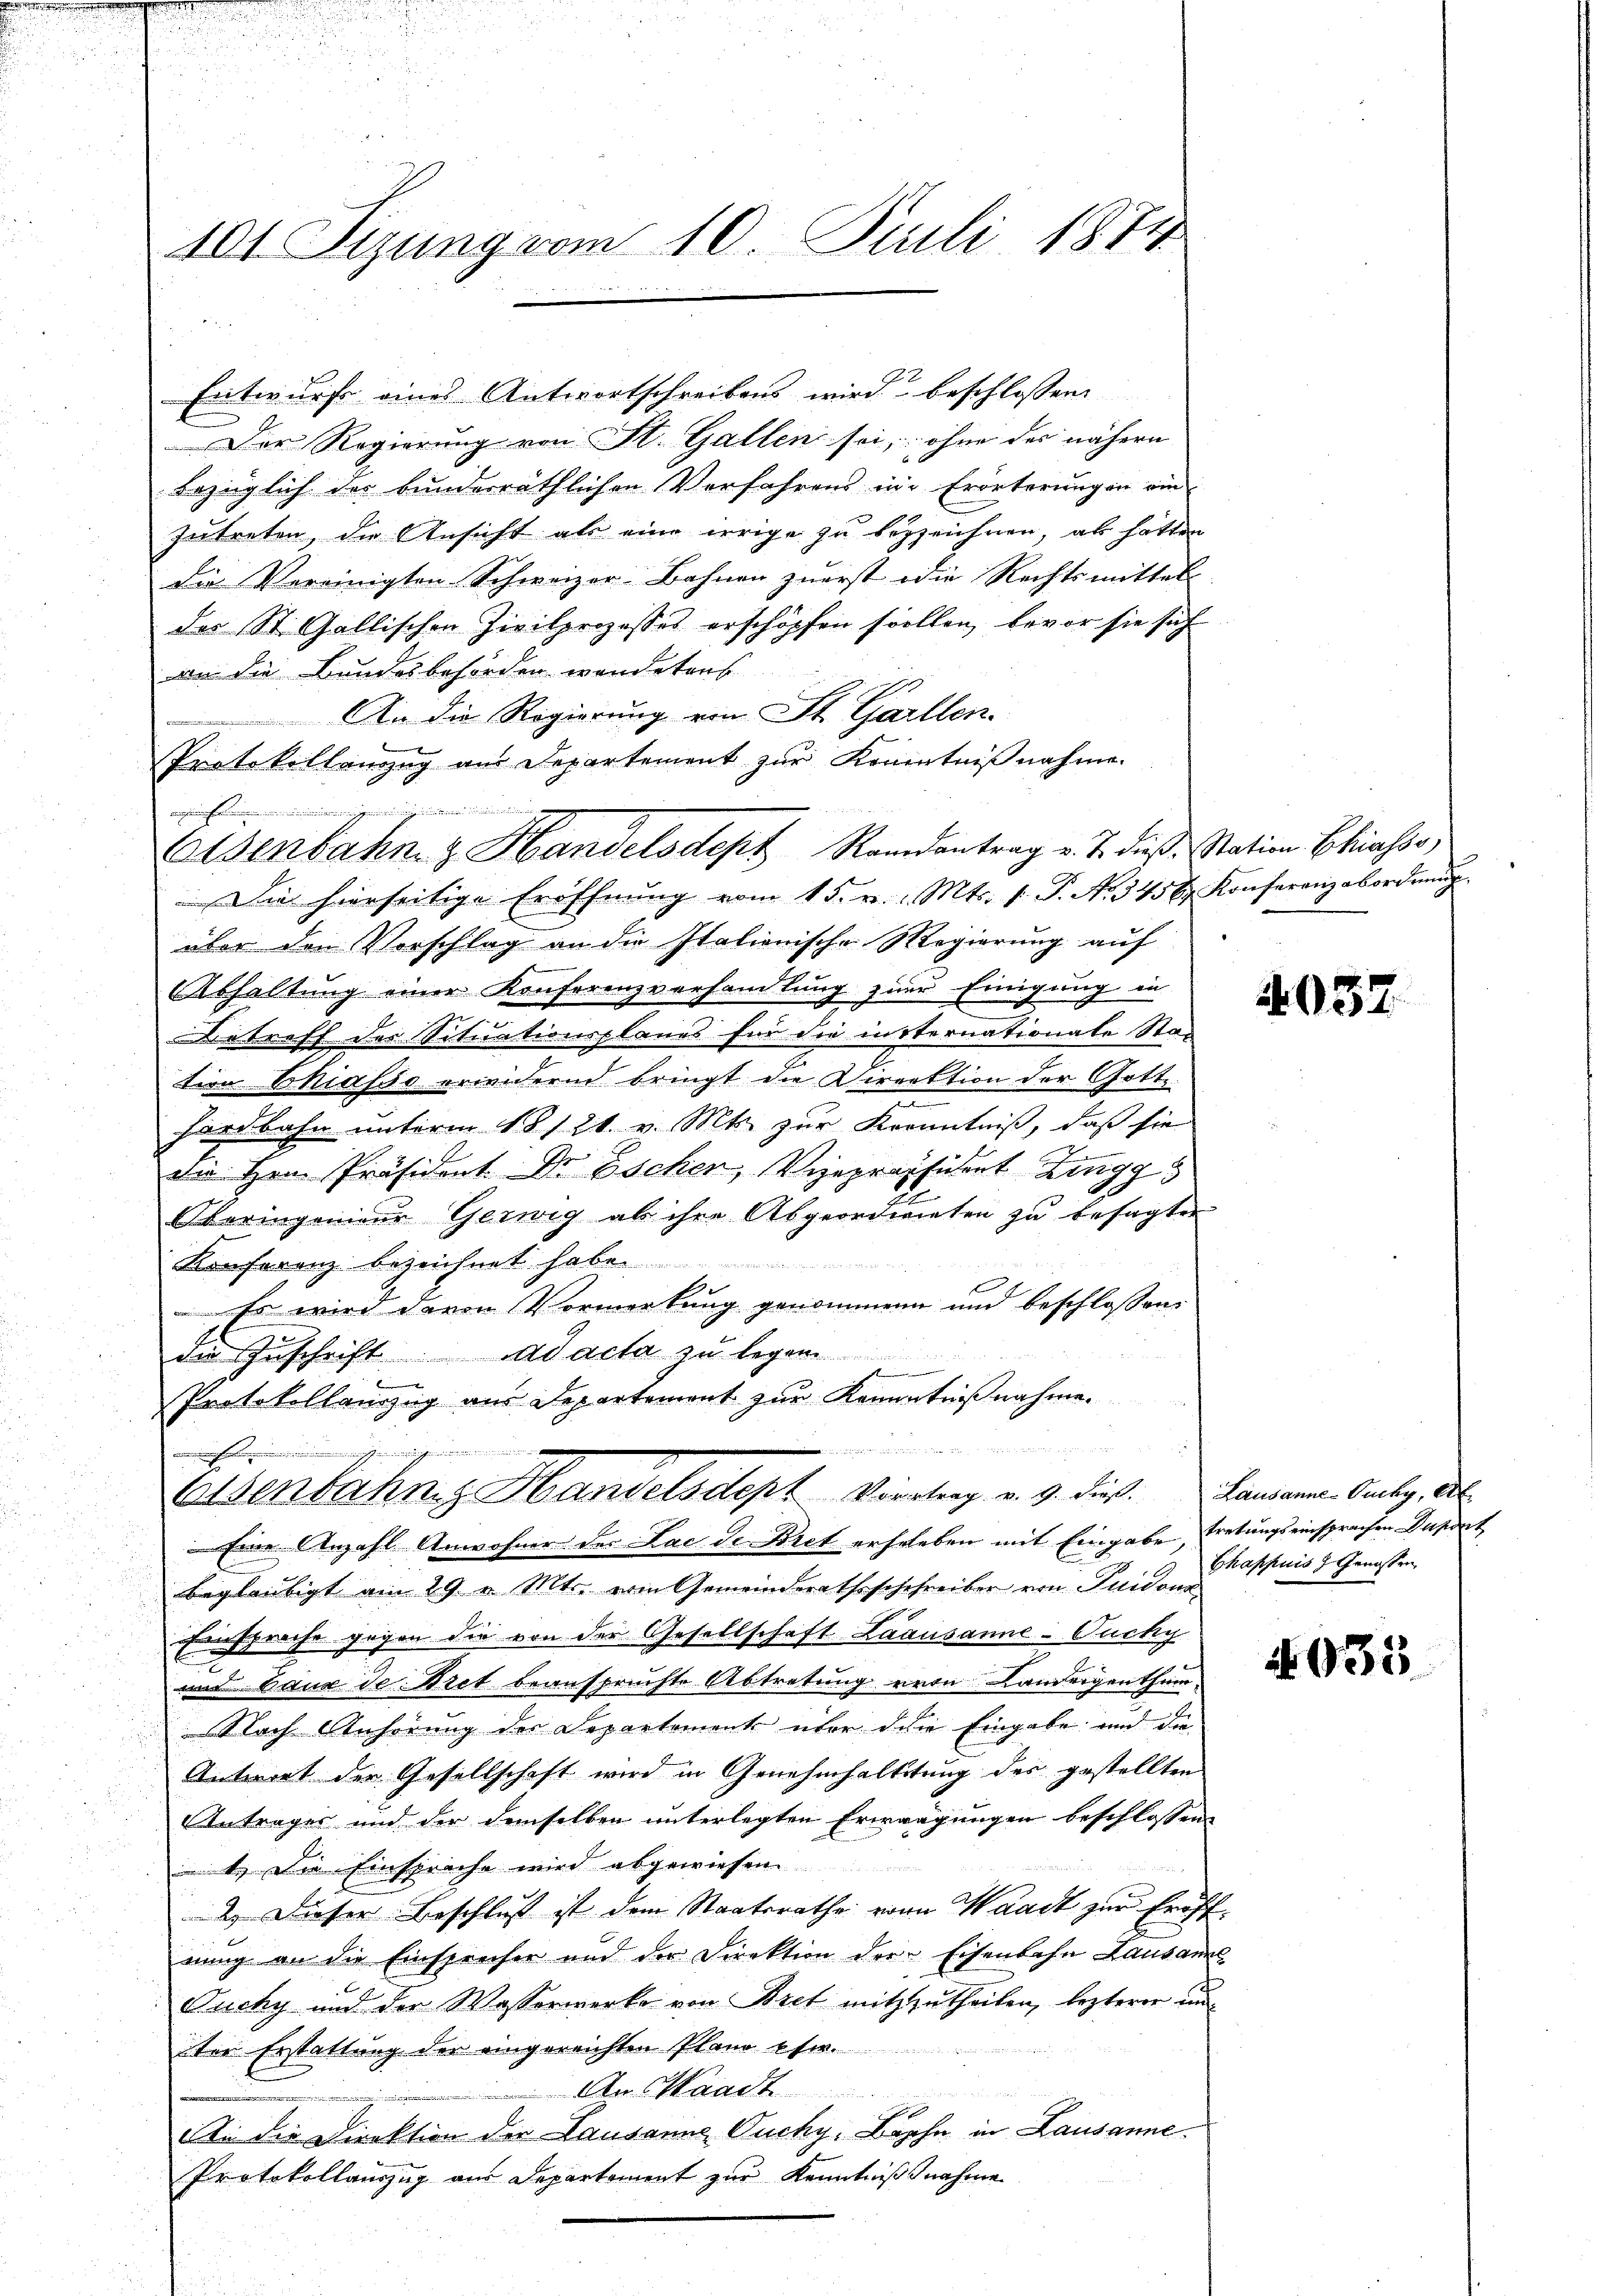
101. Tizung vom 10. Juli 1874

Entwurf eines Antwortschreibens wird beschlossen:
Der Regierung von St. Gallen sei, ohne der nähern
bezüglich des bundesräthlichen Verfahrens in Erörterungen ein
zutreten, die Ansicht als eine irrige zu bezzeichnen, als hätten
die Vereinigten Schweizer-Bahnen zuerst die Rechtsmittel-
der St. Gallischen Zivilprozesses erschöpfen sollen, bevor sie sich
an die Bundesbehörden wendetens
An die Regierung von St. Gallen.
Protokollanzug aus Departement zur Kenntnißnahme.
Die hierseitige Eröffnŭng vom 15. v. Mts. f. P. Nr. 345 b. Konferenzabordnŭng
über den Vorschlag an die Italienische Regierung auf
AAbhaltung einer Konferenzverhandlung zur Einigung in
Betreff der Situationsplanes für die insternationale Stad
tion Biasso erwidernd bringt die Direktion der Gotte
hardbahn unterm 18121. v. Mts. zur Kenntniß, daß sie
d
die Hrn. Präsident Dr Escher, Vizepraphient Zingg
Oberingenieur Gerwig ab ihre Abgeordneten zu besagten
Konferenz bezeichnet habe.
Es wird deren Vormerkung genommene und beschlossens
die Zuschrift ad acta zu legen
Protokollauszug aus Departement zur Kenntnißnahme.

e
Osenbahng Handelsdept Viertrag v. 9. dieß. Lausanna Aug. Al
Eine Anzahl Anwohner des Lac de Bret erheleben mit Eingabe, tretungseinsprachen Duport
beglaubigt am 29. v. Mts. vom Gemeinderathsschchreiber von Guidono¬
Einsprache gegen die von der Gesellschaft Laausanne-Fucky
und baux de Bret beanspruchte Abtretung von Landeigenthum-
Nach Anhörung des Departement über den Eingabe und die
Antwort der Gesellschaft wird in Genehmhaltetung des gestellten
Antrages und der demselben unterlegten Erwägungen beschlossene
t. Die Einsprache wird abgewiesen
2.) Dieser Beschluß ist dem Staatsrathe von Waadt zur Eröffeung an die Einsprecher und der Direktion der Eisenbahn Lausanne
Puchy und der Wasserwerke von Bret mitztzutheilen, lezterer und
ter Erstattung der eingereichten Pland usw.
An Waadt
A. die Direktion der Lausanne Ducky: Baphe in Lausanne.
Protokollauszug aus Departement zur Kenntnißnahme

ezeichen

einung und einer einen

Eisenbahn & Handelsdept Randantrag v. J. dieß. Station Ekiasso,

4052

Chappuis 3 Genossen,

935